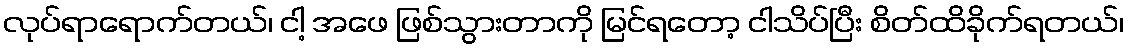
လုပ်ရာရောက်တယ်၊ ငါ့ အဖေ ဖြစ်သွားတာကို မြင်ရတော့ ငါသိပ်ပြီး စိတ်ထိခိုက်ရတယ်၊